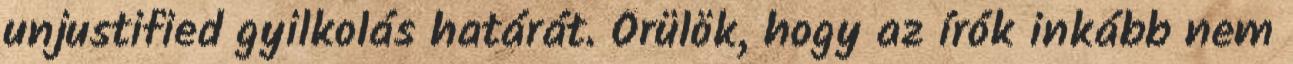
unjustified gyilkolás határát. Örülök, hogy az írók inkább nem